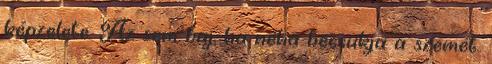
képzelete. Az sem baj, ha néha becsukja a szemét.